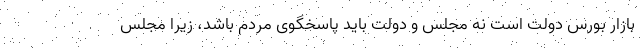
بازار بورس دولت است نه مجلس و دولت باید پاسخگوی مردم باشد، زیرا مجلس